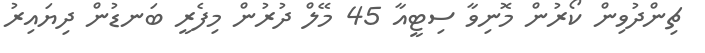
ޗިންދުވިން ކޯރުން މޮނިވާ ސިޓީއާ 45 މޭލް ދުރުން މިފެރީ ބަނޑުން ދިޔައިރު